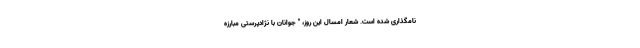
نامگذاری شده است. شعار امسال این روز، " جوانان با نژادپرستی مبارزه